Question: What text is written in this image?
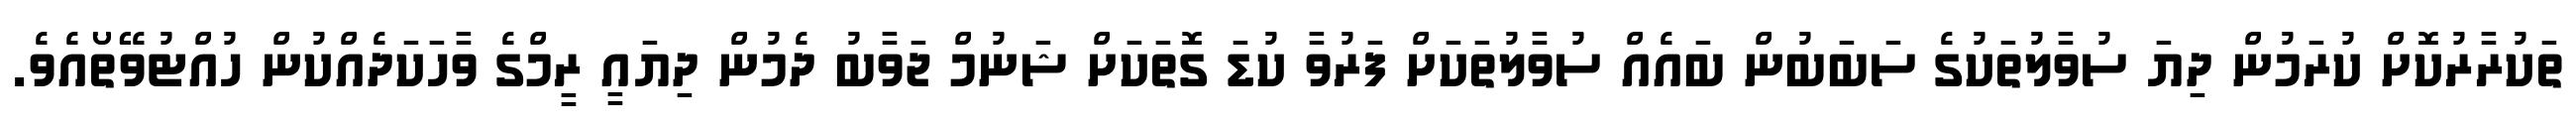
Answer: ތަކުރާރުކޮށް ކުރަމުން ދިޔަ ސުވާލުތަކުގެ ސަބަބުން ބައެއް ސުވާލުތަކަށް ފަރުވާ ކުޑަ ގޮތަކަށް ޝަނުމް ޖަވާބު ދެމުން ދިޔައީ ރީމްގެ ވާހަކަދެއްކުން ހުއްޓުވޭތޯއެވެ.